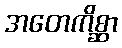
အတေကိစ္ဆာ